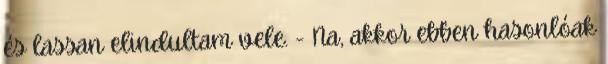
és lassan elindultam vele. - Na, akkor ebben hasonlóak